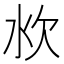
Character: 𰛐